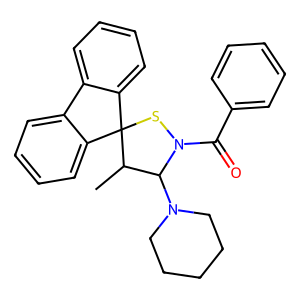
SMILES: CC1C(N2CCCCC2)N(C(=O)c2ccccc2)SC12c1ccccc1-c1ccccc12
Inhibits HIV replication: No